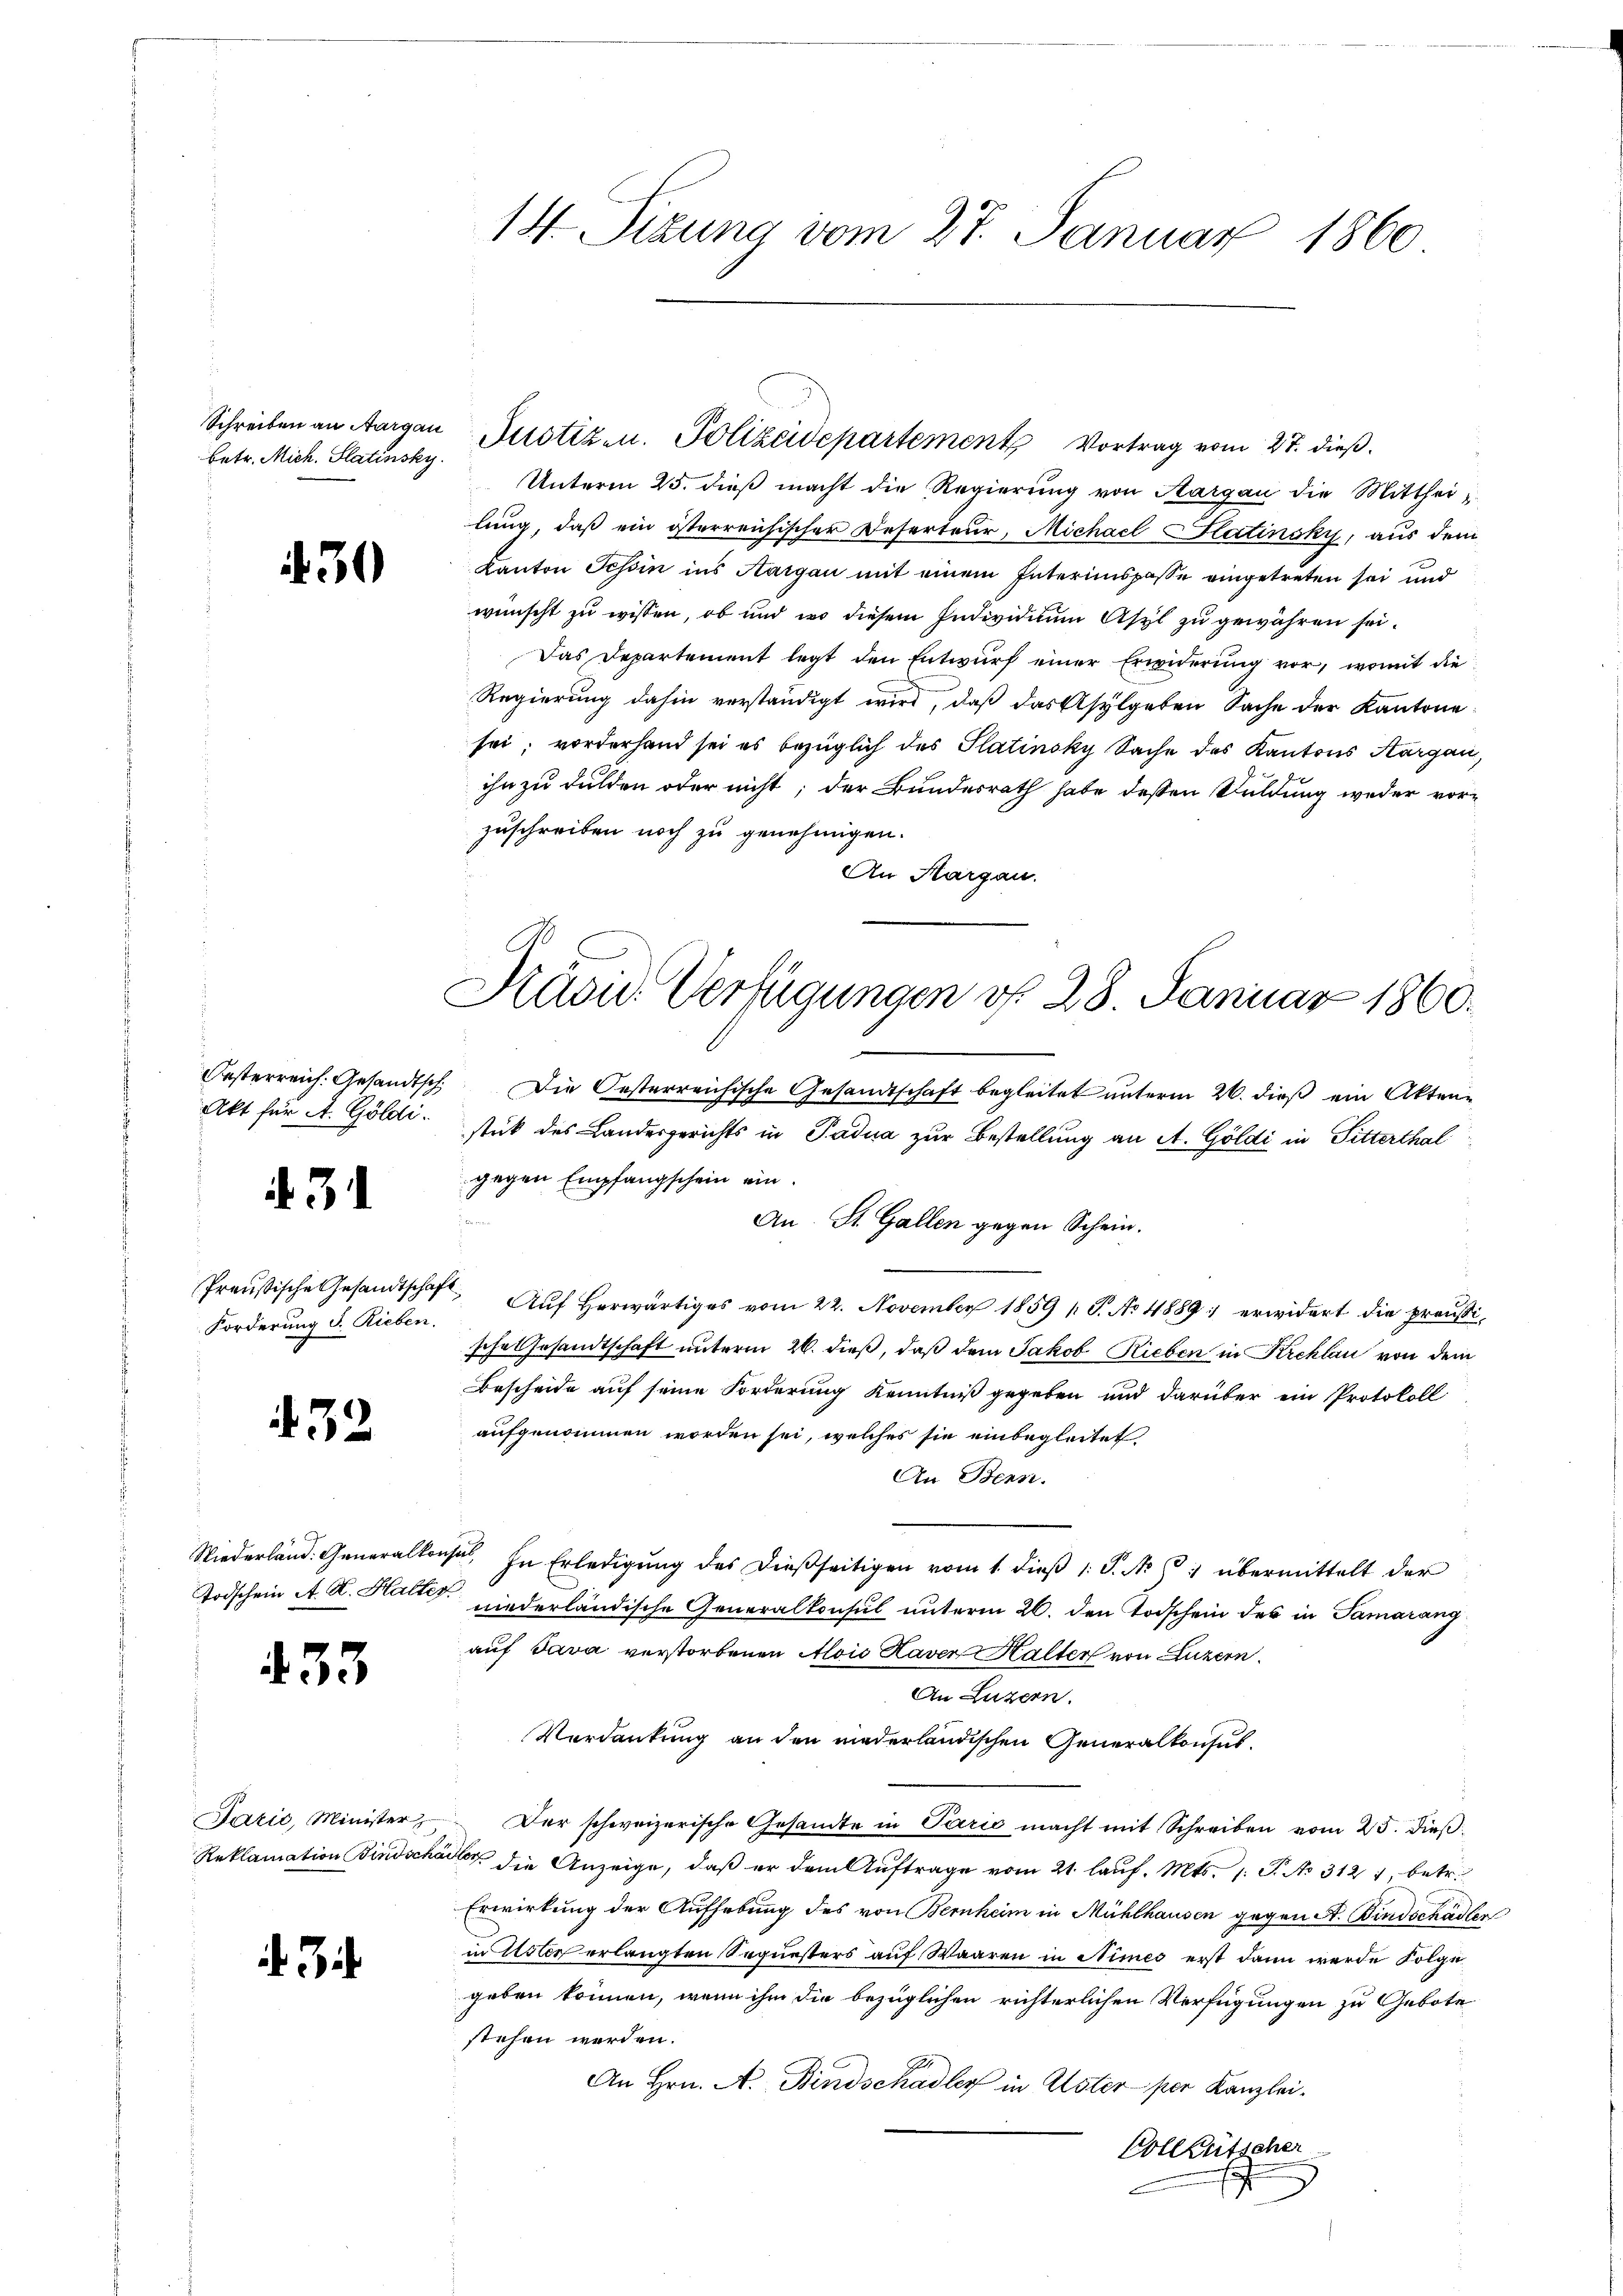
betr. Mich. Statinsky

30

Akt für A. Göldi

. 31.

432

2

433

Jačić, Minister
Reklamation Bindsch

d. Ge

14. Sizung vom 27. Januar 1860

Schreiben an Aargau Justiz- u. Polizeidepartements Vortrag vom 27. dieß.
Unterm 25. dieβ macht die Regierŭng von Aargau die Mittheilung, daß ein österreichischer Deserteur, Michael Statinsky, aus dem
Kanton Tessin ins Aargau mit einem Interimspasse eingetreten sei und
wünscht zu wissen, ob und wo diesem Individium Asyl zu gewähren sei.
Das Departement legt den Entwurf einer Erwiderung vor, womit die
Regierung dahin verständigt wird, daß das Asylgeben Sache der Kantone
sei; vorderhand sei es bezüglich des Platinsky Sache des Kantons Aargau,
ihn zu dulden oder nicht; der Bundesrath habe dessen Kuldung weder vorzuschreiben noch zu genehmigen.
An Margau.

Forderung d. Rieben.

Präsid. Verfügungen d. 28. Januar 1860.
d

Oesterreich. Gesandtsch. Die Oesterreichische Gesandtschaft begleitet unterm 26. dieß ein Akten-
stück des Landesgerichts in Padua zur Bestellung an A. Göldi in Pitterthal
gegen Empfangschein ein.
An St. Gallen gegen Schein.
Preußische Gesandtschaft. Aŭf herwärtiges vom 22. November 1859 1 S. Nr. 1889 erwidert die preußische Gesandtschaft unterm 26. dieß, daß dem Jakob Rieben in Kreklau von dem
Bescheide auf seine Forderung Kenntniß gegeben und darüber ein Protokoll
aufgenommen worden sei, welches sie einbegleitet
An Benn.
Niederland. Generalkonsul, In Erledigung des dießseitigen vom 1. dieß 1 S. Nr. 1 übermittelt der
Todschein A. R. Halter niederländische Generalkonsul unterm 26. den Todschein des in Samarang
auf Java verstorbenen Alois Haver Halter von Luzern
An Luzern.
Verdankung an den niederländischen Generalkonsul¬
Der schweizerische Gesandte in Paris macht mit Schreiben vom 25. dieß:
al die Anzeige, daß er dem Auftrage vom 21. laŭf. Mts. 1. P. No 312 1 betr.
Erwirkung der Aufhebung des von Bernheim in Mühlhausen gegen St. Bindschadler
in Uster erlangten Sequesters auf Waaren in Stimes erst dann werde Folge
geben können, wenn ihm die bezüglichen richterlichen Verfügungen zu Gebote
stehen werden.
An Hrn. A. Bindschadler in Uster per Kanzlei-
Colleütscher